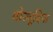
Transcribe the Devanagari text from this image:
वोज्वूदिना